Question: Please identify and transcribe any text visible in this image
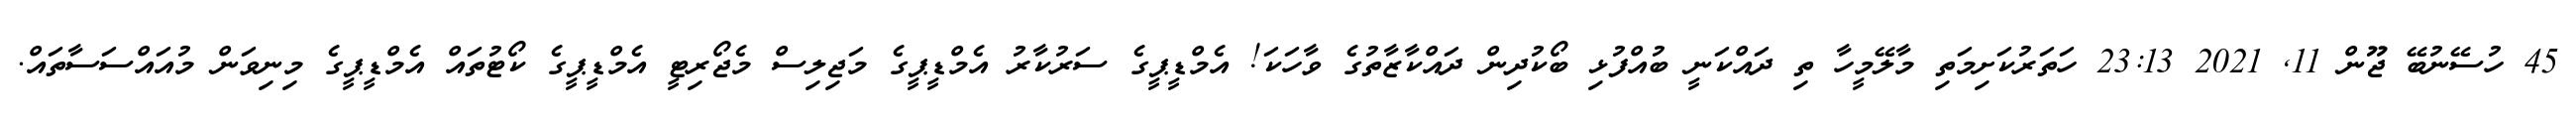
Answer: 45 ހުސޭނުބޭ ޖޫން 11, 2021 23:13 ހަތަރުކަށިމަތި މާލޭމީހާ ތި ދައްކަނީ ބުއްފުޅި ބޯކުދިން ދައްކާޒާތުގެ ވާހަކަ! އެމްޑީޕީގެ ސަރުކާރު އެމްޑީޕީގެ މަޖިލިސް މެޖޯރިޓީ އެމްޑީޕީގެ ކޯޓުތައް އެމްޑީޕީގެ މިނިވަން މުއައްސަސާތައް.